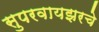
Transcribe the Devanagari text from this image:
सुपरवायझरचे